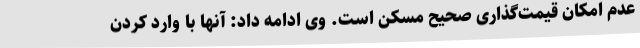
عدم امکان قیمت‌گذاری صحیح مسکن است. وی ادامه داد: آنها با وارد کردن